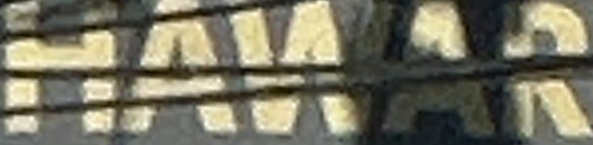
HAWAR